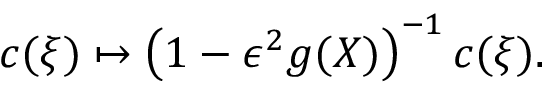
c ( \xi ) \mapsto \left( 1 - \epsilon ^ { 2 } g ( X ) \right) ^ { - 1 } { c } ( \xi ) .